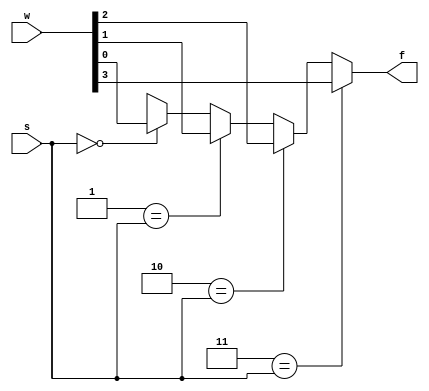
`timescale 1ns / 1ps
//////////////////////////////////////////////////////////////////////////////////
// Company: 
// Engineer: 
// 
// Design Name: 
// Module Name: mux_generic_1bit
// Project Name: 
// Target Devices: 
// Tool Versions: 
// Description: 
// 
// Dependencies: 
// 
// Revision:
// Revision 0.01 - File Created
// Additional Comments:
// 
//////////////////////////////////////////////////////////////////////////////////


module mux_generic_1bit
    #(parameter N = 4)(
        input [N - 1: 0] w,
        input [$clog2(N) - 1:0] s,
        output reg f
    );
    
    integer k;

    always @(w, s)
    begin
        f = 'bx;
        for (k = 0; k < N ; k = k + 1)
            if (k == s)
                f = w[k];
    end
    
endmodule